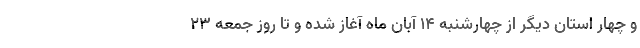
و چهار استان دیگر از چهارشنبه ۱۴ آبان ماه آغاز شده و تا روز جمعه ۲۳